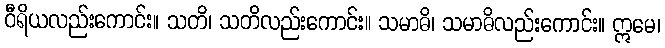
ဝီရိယလည်းကောင်း။ သတိ၊ သတိလည်းကောင်း။ သမာဓိ၊ သမာဓိလည်းကောင်း။ ဣမေ၊